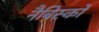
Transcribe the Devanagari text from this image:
नैबिस्को